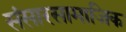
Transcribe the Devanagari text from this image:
संसारसामाजिक